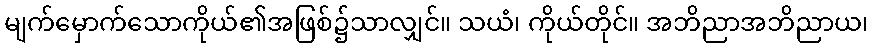
မျက်မှောက်သောကိုယ်၏အဖြစ်၌သာလျှင်။ သယံ၊ ကိုယ်တိုင်။ အဘိညာအဘိညာယ၊